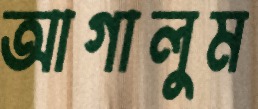
আগালুম